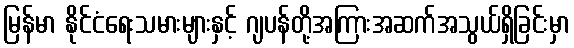
မြန်မာ နိုင်ငံရေးသမားများနှင့် ဂျပန်တို့အကြားအဆက်အသွယ်ရှိခြင်းမှာ